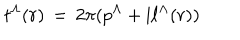
t ^ { \Lambda } ( r ) \, = \, 2 \pi ( p ^ { \Lambda } + \mathrm { i } \ell ^ { \Lambda } ( r ) ) \nonumber \,